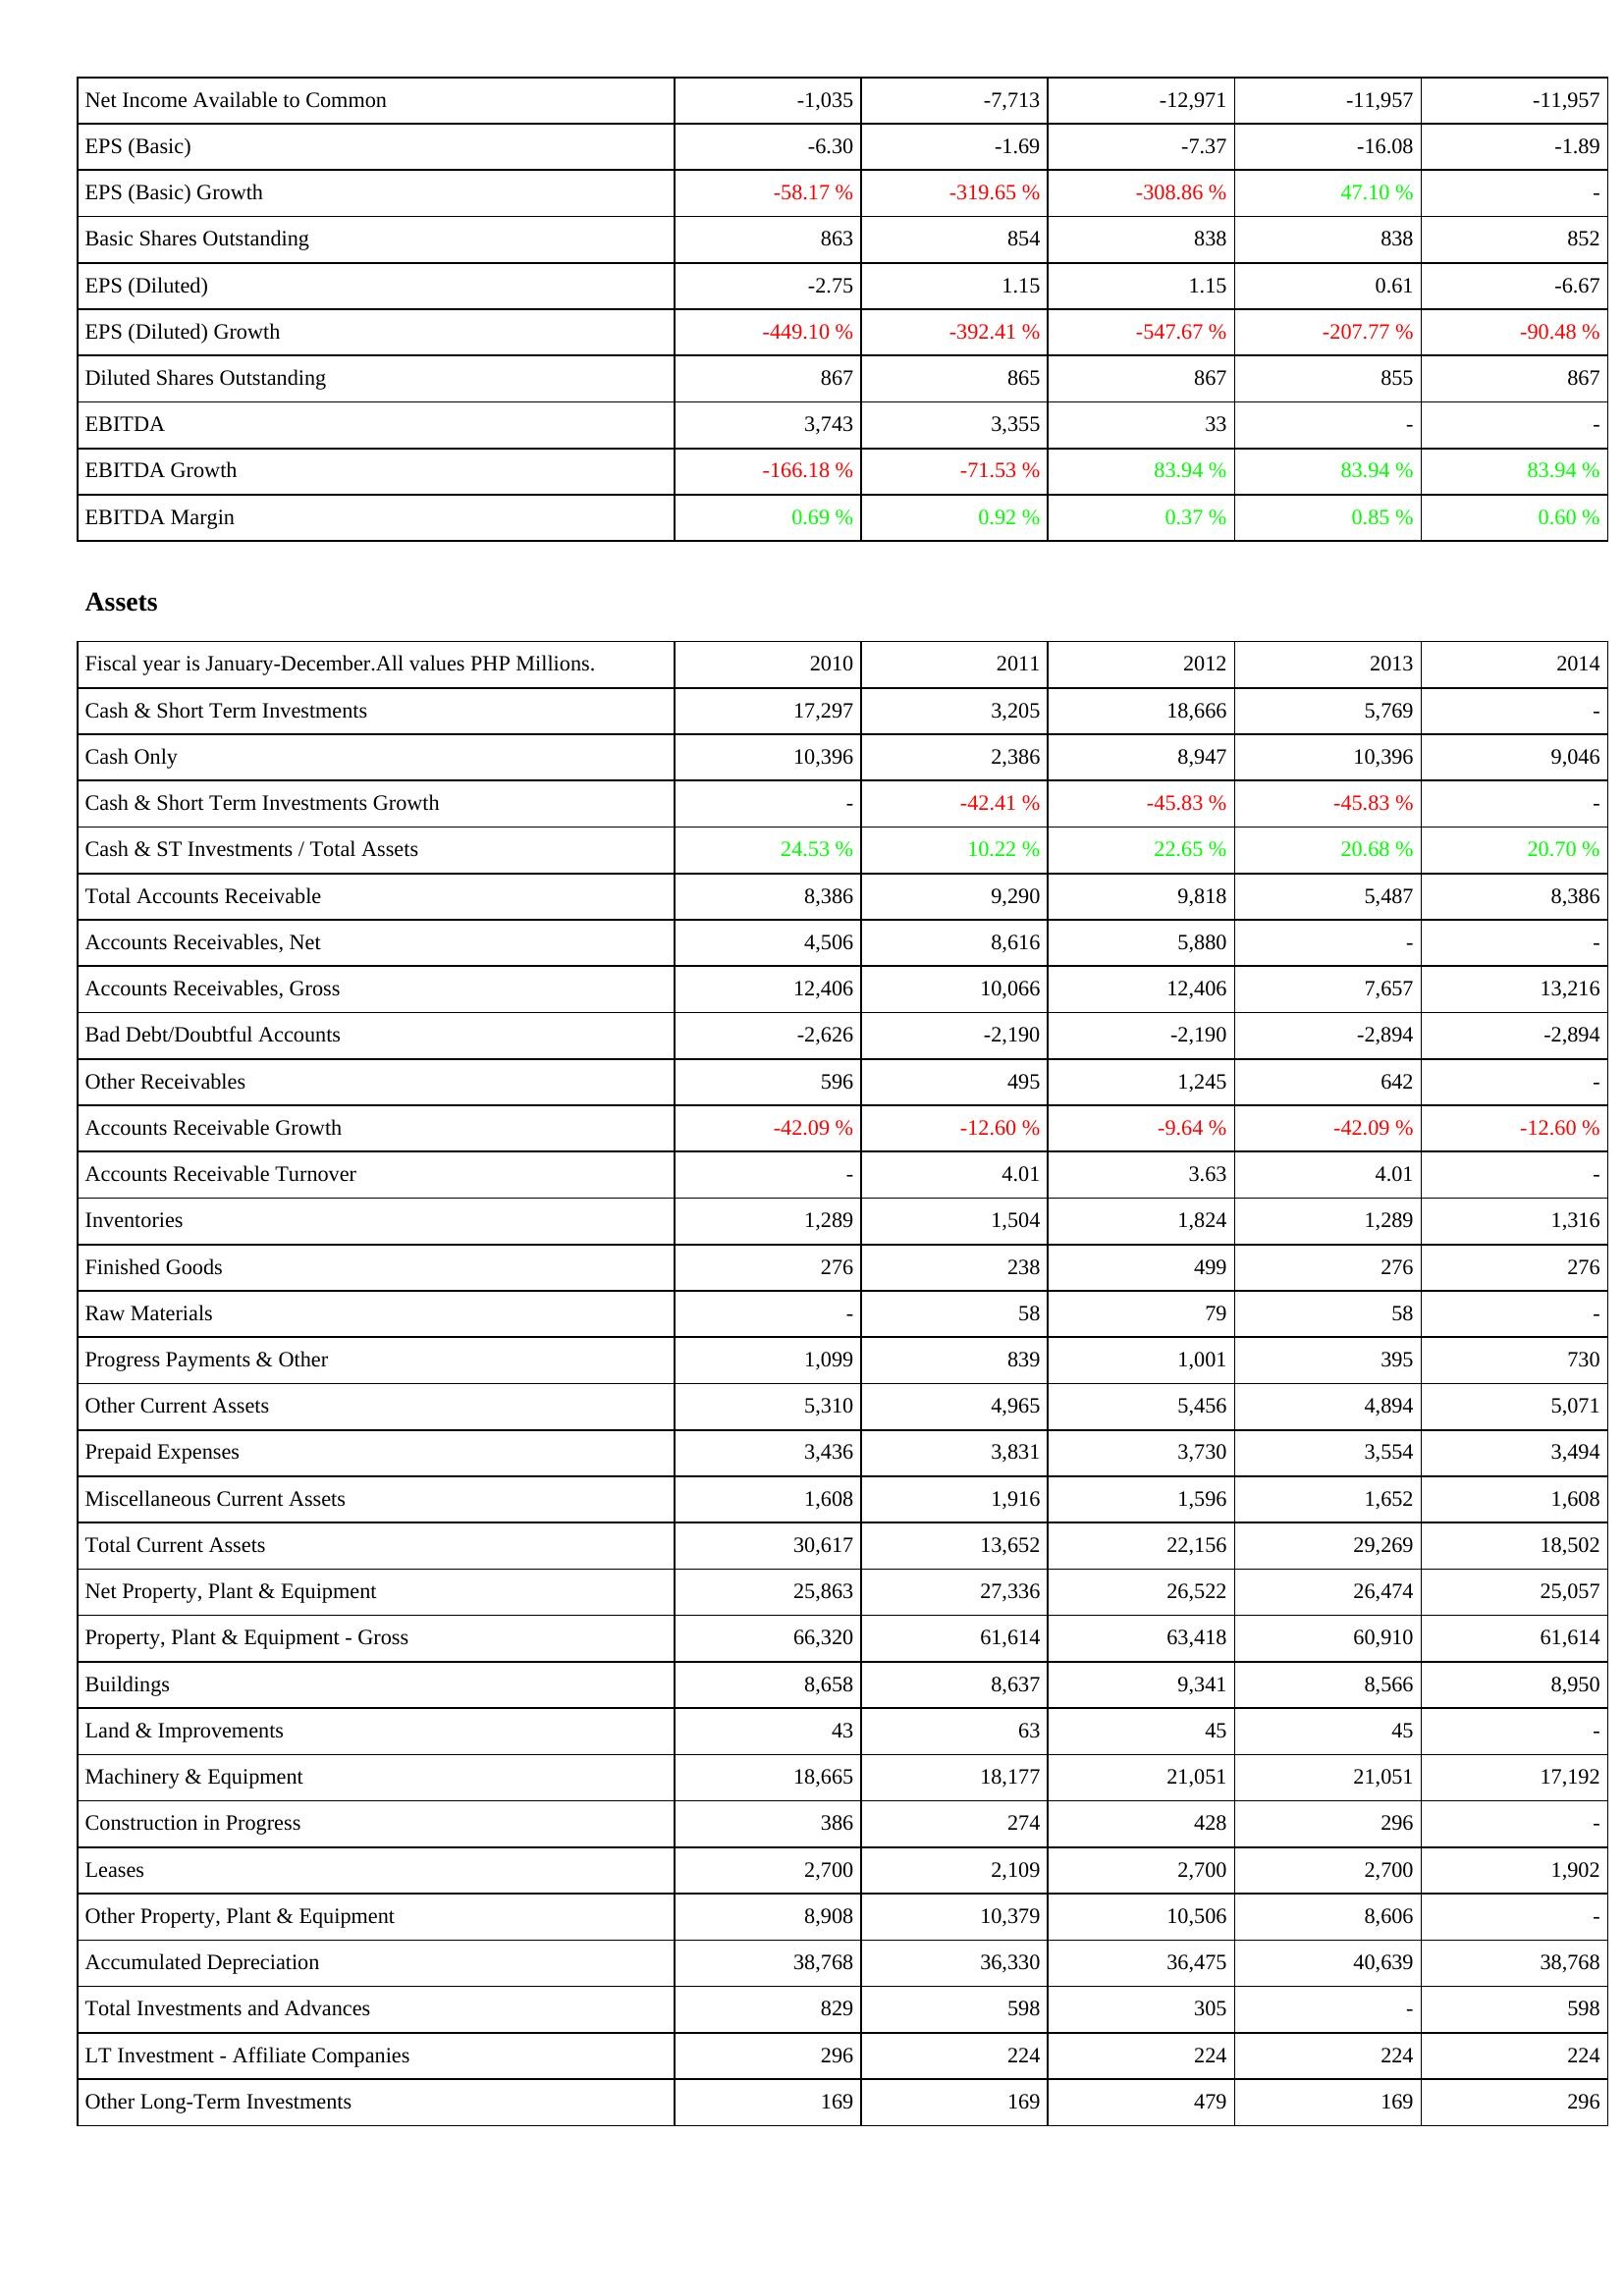
2010: Income Statement: Net Income Available to Common: -1,035
EPS (Basic): -6.30
EPS (Basic) Growth: -58.17 %
Basic Shares Outstanding: 863
EPS (Diluted): -2.75
EPS (Diluted) Growth: -449.10 %
Diluted Shares Outstanding: 867
EBITDA: 3,743
EBITDA Growth: -166.18 %
EBITDA Margin: 0.69 %
Assets: Cash & Short Term Investments: 17,297
Cash Only: 10,396
Cash & Short Term Investments Growth: -
Cash & ST Investments / Total Assets: 24.53 %
Total Accounts Receivable: 8,386
Accounts Receivables, Net: 4,506
Accounts Receivables, Gross: 12,406
Bad Debt/Doubtful Accounts: -2,626
Other Receivables: 596
Accounts Receivable Growth: -42.09 %
Accounts Receivable Turnover: -
Inventories: 1,289
Finished Goods: 276
Raw Materials: -
Progress Payments & Other: 1,099
Other Current Assets: 5,310
Prepaid Expenses: 3,436
Miscellaneous Current Assets: 1,608
Total Current Assets: 30,617
Net Property, Plant & Equipment: 25,863
Property, Plant & Equipment - Gross: 66,320
Buildings: 8,658
Land & Improvements: 43
Machinery & Equipment: 18,665
Construction in Progress: 386
Leases: 2,700
Other Property, Plant & Equipment: 8,908
Accumulated Depreciation: 38,768
Total Investments and Advances: 829
LT Investment - Affiliate Companies: 296
Other Long-Term Investments: 169
2011: Income Statement: Net Income Available to Common: -7,713
EPS (Basic): -1.69
EPS (Basic) Growth: -319.65 %
Basic Shares Outstanding: 854
EPS (Diluted): 1.15
EPS (Diluted) Growth: -392.41 %
Diluted Shares Outstanding: 865
EBITDA: 3,355
EBITDA Growth: -71.53 %
EBITDA Margin: 0.92 %
Assets: Cash & Short Term Investments: 3,205
Cash Only: 2,386
Cash & Short Term Investments Growth: -42.41 %
Cash & ST Investments / Total Assets: 10.22 %
Total Accounts Receivable: 9,290
Accounts Receivables, Net: 8,616
Accounts Receivables, Gross: 10,066
Bad Debt/Doubtful Accounts: -2,190
Other Receivables: 495
Accounts Receivable Growth: -12.60 %
Accounts Receivable Turnover: 4.01
Inventories: 1,504
Finished Goods: 238
Raw Materials: 58
Progress Payments & Other: 839
Other Current Assets: 4,965
Prepaid Expenses: 3,831
Miscellaneous Current Assets: 1,916
Total Current Assets: 13,652
Net Property, Plant & Equipment: 27,336
Property, Plant & Equipment - Gross: 61,614
Buildings: 8,637
Land & Improvements: 63
Machinery & Equipment: 18,177
Construction in Progress: 274
Leases: 2,109
Other Property, Plant & Equipment: 10,379
Accumulated Depreciation: 36,330
Total Investments and Advances: 598
LT Investment - Affiliate Companies: 224
Other Long-Term Investments: 169
2012: Income Statement: Net Income Available to Common: -12,971
EPS (Basic): -7.37
EPS (Basic) Growth: -308.86 %
Basic Shares Outstanding: 838
EPS (Diluted): 1.15
EPS (Diluted) Growth: -547.67 %
Diluted Shares Outstanding: 867
EBITDA: 33
EBITDA Growth: 83.94 %
EBITDA Margin: 0.37 %
Assets: Cash & Short Term Investments: 18,666
Cash Only: 8,947
Cash & Short Term Investments Growth: -45.83 %
Cash & ST Investments / Total Assets: 22.65 %
Total Accounts Receivable: 9,818
Accounts Receivables, Net: 5,880
Accounts Receivables, Gross: 12,406
Bad Debt/Doubtful Accounts: -2,190
Other Receivables: 1,245
Accounts Receivable Growth: -9.64 %
Accounts Receivable Turnover: 3.63
Inventories: 1,824
Finished Goods: 499
Raw Materials: 79
Progress Payments & Other: 1,001
Other Current Assets: 5,456
Prepaid Expenses: 3,730
Miscellaneous Current Assets: 1,596
Total Current Assets: 22,156
Net Property, Plant & Equipment: 26,522
Property, Plant & Equipment - Gross: 63,418
Buildings: 9,341
Land & Improvements: 45
Machinery & Equipment: 21,051
Construction in Progress: 428
Leases: 2,700
Other Property, Plant & Equipment: 10,506
Accumulated Depreciation: 36,475
Total Investments and Advances: 305
LT Investment - Affiliate Companies: 224
Other Long-Term Investments: 479
2013: Income Statement: Net Income Available to Common: -11,957
EPS (Basic): -16.08
EPS (Basic) Growth: 47.10 %
Basic Shares Outstanding: 838
EPS (Diluted): 0.61
EPS (Diluted) Growth: -207.77 %
Diluted Shares Outstanding: 855
EBITDA: -
EBITDA Growth: 83.94 %
EBITDA Margin: 0.85 %
Assets: Cash & Short Term Investments: 5,769
Cash Only: 10,396
Cash & Short Term Investments Growth: -45.83 %
Cash & ST Investments / Total Assets: 20.68 %
Total Accounts Receivable: 5,487
Accounts Receivables, Net: -
Accounts Receivables, Gross: 7,657
Bad Debt/Doubtful Accounts: -2,894
Other Receivables: 642
Accounts Receivable Growth: -42.09 %
Accounts Receivable Turnover: 4.01
Inventories: 1,289
Finished Goods: 276
Raw Materials: 58
Progress Payments & Other: 395
Other Current Assets: 4,894
Prepaid Expenses: 3,554
Miscellaneous Current Assets: 1,652
Total Current Assets: 29,269
Net Property, Plant & Equipment: 26,474
Property, Plant & Equipment - Gross: 60,910
Buildings: 8,566
Land & Improvements: 45
Machinery & Equipment: 21,051
Construction in Progress: 296
Leases: 2,700
Other Property, Plant & Equipment: 8,606
Accumulated Depreciation: 40,639
Total Investments and Advances: -
LT Investment - Affiliate Companies: 224
Other Long-Term Investments: 169
2014: Income Statement: Net Income Available to Common: -11,957
EPS (Basic): -1.89
EPS (Basic) Growth: -
Basic Shares Outstanding: 852
EPS (Diluted): -6.67
EPS (Diluted) Growth: -90.48 %
Diluted Shares Outstanding: 867
EBITDA: -
EBITDA Growth: 83.94 %
EBITDA Margin: 0.60 %
Assets: Cash & Short Term Investments: -
Cash Only: 9,046
Cash & Short Term Investments Growth: -
Cash & ST Investments / Total Assets: 20.70 %
Total Accounts Receivable: 8,386
Accounts Receivables, Net: -
Accounts Receivables, Gross: 13,216
Bad Debt/Doubtful Accounts: -2,894
Other Receivables: -
Accounts Receivable Growth: -12.60 %
Accounts Receivable Turnover: -
Inventories: 1,316
Finished Goods: 276
Raw Materials: -
Progress Payments & Other: 730
Other Current Assets: 5,071
Prepaid Expenses: 3,494
Miscellaneous Current Assets: 1,608
Total Current Assets: 18,502
Net Property, Plant & Equipment: 25,057
Property, Plant & Equipment - Gross: 61,614
Buildings: 8,950
Land & Improvements: -
Machinery & Equipment: 17,192
Construction in Progress: -
Leases: 1,902
Other Property, Plant & Equipment: -
Accumulated Depreciation: 38,768
Total Investments and Advances: 598
LT Investment - Affiliate Companies: 224
Other Long-Term Investments: 296